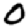
Digit: 0